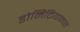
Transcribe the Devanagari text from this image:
डोमिटियानस